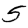
Digit: 5